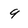
Character: 9